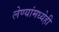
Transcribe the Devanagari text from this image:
लेण्यांमध्येही